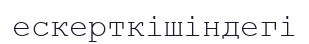
ескерткішіндегі